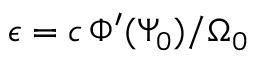
\epsilon = c \, \Phi ^ { \prime } ( \Psi _ { 0 } ) / \Omega _ { 0 }